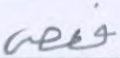
فعصى